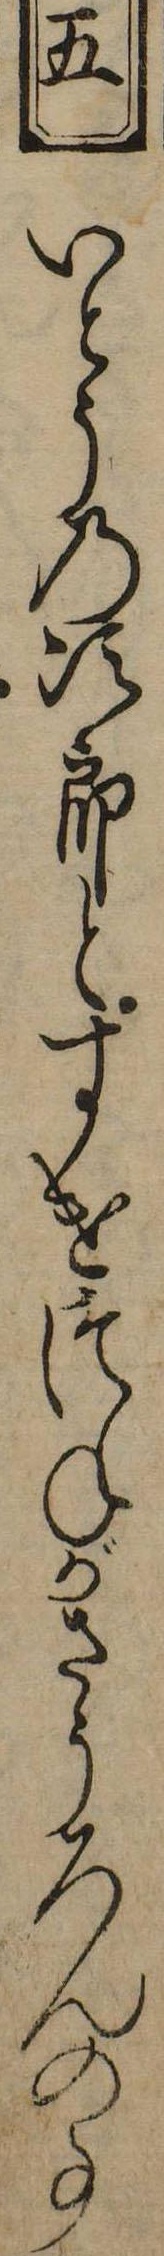
五いとうの次郎とすけつねがさうろんの事